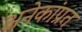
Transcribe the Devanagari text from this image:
अनेकांप्रत